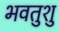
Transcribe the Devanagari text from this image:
भवतुशु